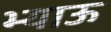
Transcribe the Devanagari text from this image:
भ्याऊ